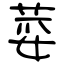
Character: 荽